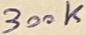
Text: 300K